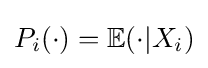
P_{i}(\cdot )=\mathbb {E} (\cdot |X_{i})